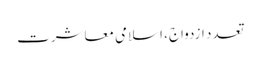
تعدد ازدواج، اسلامی معاشرت